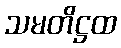
သမတိဋ္ဌထ